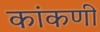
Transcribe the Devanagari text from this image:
कांकणी